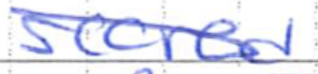
Text: scored
Cross-out: diagonal
Writing tool: ballpoint